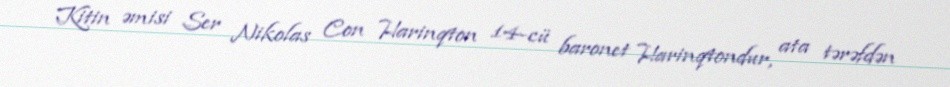
Kitin əmisi Ser Nikolas Con Harinqton 14-cü baronet Harinqtondur, ata tərəfdən